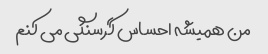
من همیشه احساس گرسنگی می کنم